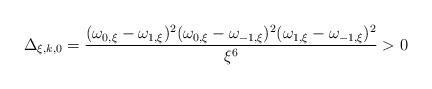
\begin{align*}\Delta_{\xi,k,0}=\frac{(\omega_{0,\xi}-\omega_{1,\xi})^2(\omega_{0,\xi}-\omega_{-1,\xi})^2(\omega_{1,\xi}-\omega_{-1,\xi})^2}{\xi^6}>0\end{align*}